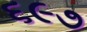
૬૯૭